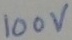
Text: 100V